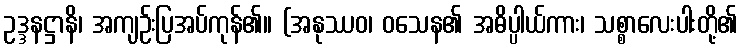
ဥဒ္ဒနဋ္ဌာနိ၊ အကျဉ်းပြအပ်ကုန်၏။ (အနုဿဝ၊ ဝသေန၏ အဓိပ္ပါယ်ကား၊ သစ္စာလေးပါးတို့၏